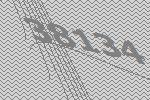
38134